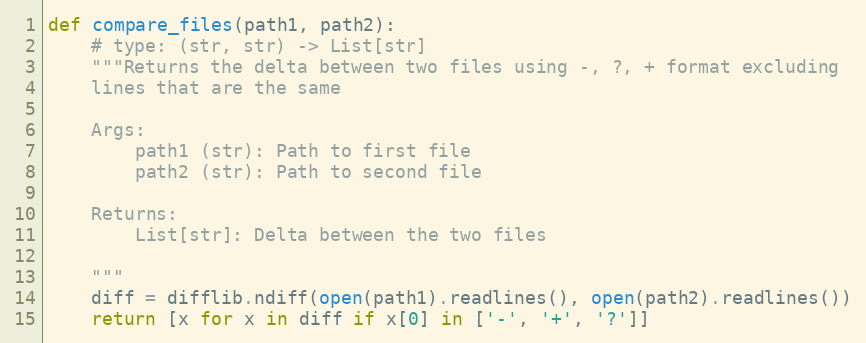
Language: Python
def compare_files(path1, path2):
    # type: (str, str) -> List[str]
    """Returns the delta between two files using -, ?, + format excluding
    lines that are the same

    Args:
        path1 (str): Path to first file
        path2 (str): Path to second file

    Returns:
        List[str]: Delta between the two files

    """
    diff = difflib.ndiff(open(path1).readlines(), open(path2).readlines())
    return [x for x in diff if x[0] in ['-', '+', '?']]